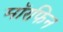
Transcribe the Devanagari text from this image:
मॉरफिन